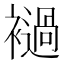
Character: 䙤